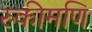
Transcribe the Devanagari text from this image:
रुकीमणि